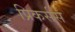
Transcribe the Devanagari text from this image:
प्रिकर्सर्स